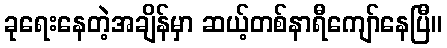
ခုရေးနေတဲ့အချိန်မှာ ဆယ့်တစ်နာရီကျော်နေပြီ။